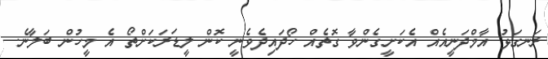
ރަނގަޅު އާމްދަނީއެއް އެކަށީގެންވާ ގޮތެއް ހޯދައިދެވެނީ ކޮން ލީޑަރަކަށްތޯ އެ މީހުން ބަލާނެ.